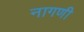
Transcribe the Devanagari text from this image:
नागणी